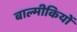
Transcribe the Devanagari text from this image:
बाल्मीकियों